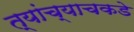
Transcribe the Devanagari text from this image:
त्यांच्याचकडे